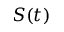
S ( t )